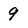
Character: 9